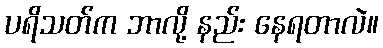
ပရိသတ်က ဘာလို့ နည်း နေရတာလဲ။